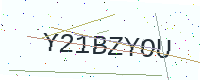
Text: Y21BZYOU